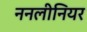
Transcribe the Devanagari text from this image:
ननलीनियर